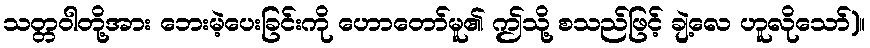
သတ္တဝါတို့အား ဘေးမဲ့ပေးခြင်းကို ဟောတော်မူ၏ ဤသို့ စသည်ဖြင့် ချဲ့လေ ဟူလိုသော်)။